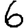
Digit: 6